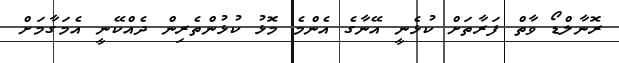
ރޮނާލްޑޯ ވާތް ފަރާތަށް ކުޅެނީ އޭނާގެ އެންމެ މޮޅު ކުޅުންތެރިން ދެއްކޭނީ އެމަގާމަށް